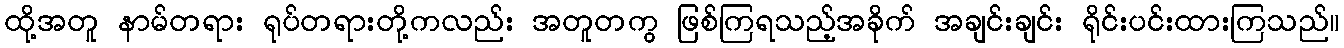
ထို့အတူ နာမ်တရား ရုပ်တရားတို့ကလည်း အတူတကွ ဖြစ်ကြရသည့်အခိုက် အချင်းချင်း ရိုင်းပင်းထားကြသည်။